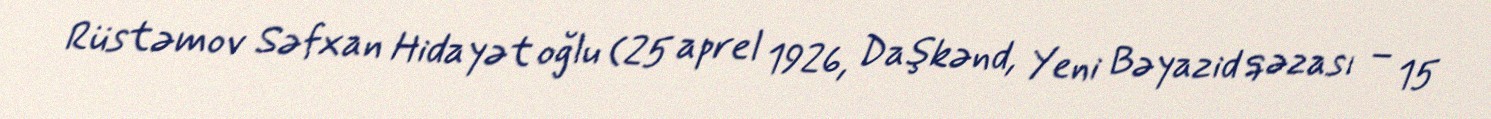
Rüstəmov Səfxan Hidayət oğlu (25 aprel 1926, Daşkənd, Yeni Bəyazid qəzası – 15